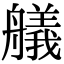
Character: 艤